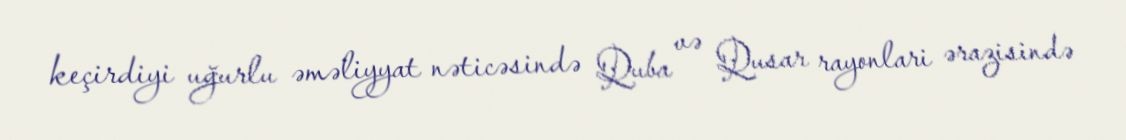
keçirdiyi uğurlu əməliyyat nəticəsində Quba və Qusar rayonlari ərazisində